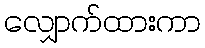
လျှောက်ထားကာ